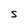
Character: S